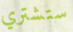
ستشتري